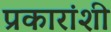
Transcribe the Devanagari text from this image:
प्रकारांशी